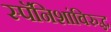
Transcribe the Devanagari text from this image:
स्पॅनिशांविरुद्ध